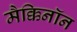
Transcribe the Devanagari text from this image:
मैक्किनॉन